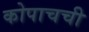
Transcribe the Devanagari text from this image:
कोपाचची